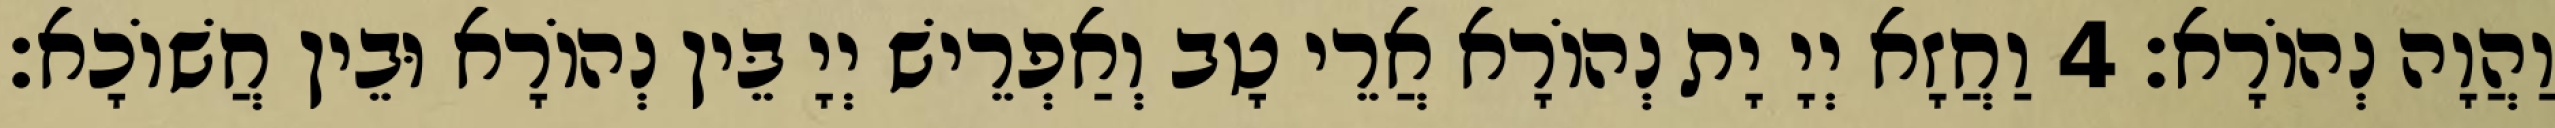
וַהֲוָה נְהוֹרָא׃ 4 וַחֲזָא יְיָ יָת נְהוֹרָא אֲרֵי טָב וְאַפְרֵישׁ יְיָ בֵּין נְהוֹרָא וּבֵין חֲשׁוֹכָא׃